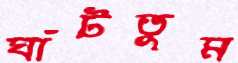
ঘাঁটতুম